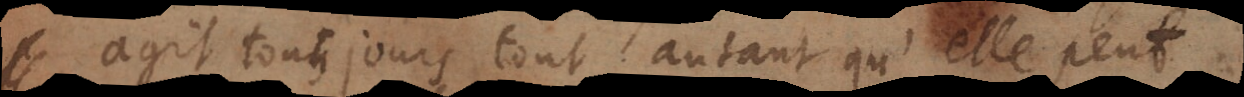
agit tousjours tout autant qu’elle peut